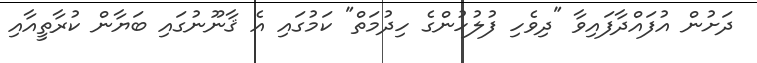
ދަށުން އުފައްދާފައިވާ "ދިވެހި ފުލުހުންގެ ހިދުމަތް" ކަމުގައި އެ ޤާނޫނުގައި ބަޔާން ކުރާތީއާއި